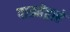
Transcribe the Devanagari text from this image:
पात्रतेद्वारे